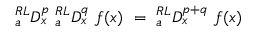
{ } _ { a } ^ { R L } D _ { x } ^ { p } ~ { } _ { a } ^ { R L } D _ { x } ^ { q } ~ f ( x ) ~ = ~ { } _ { a } ^ { R L } D _ { x } ^ { p + q } ~ f ( x )